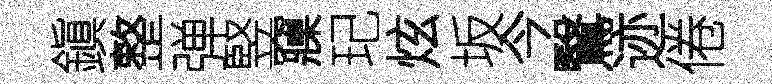
鎭整弹竪䆿玘炫坂今鷖迹倦